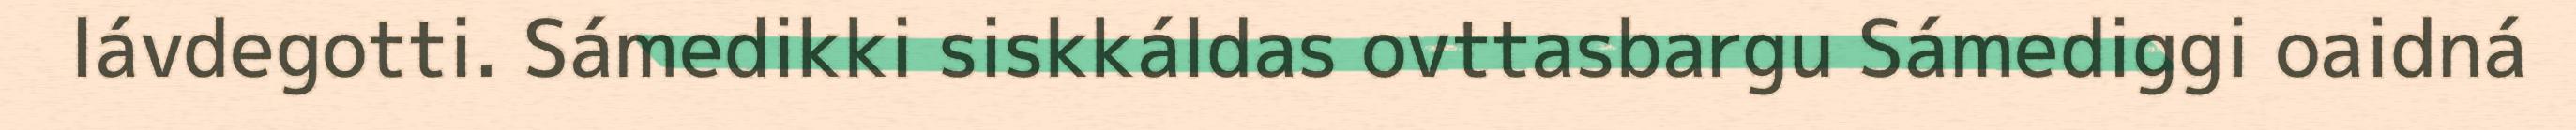
lávdegotti. Sámedikki siskkáldas ovttasbargu Sámediggi oaidná